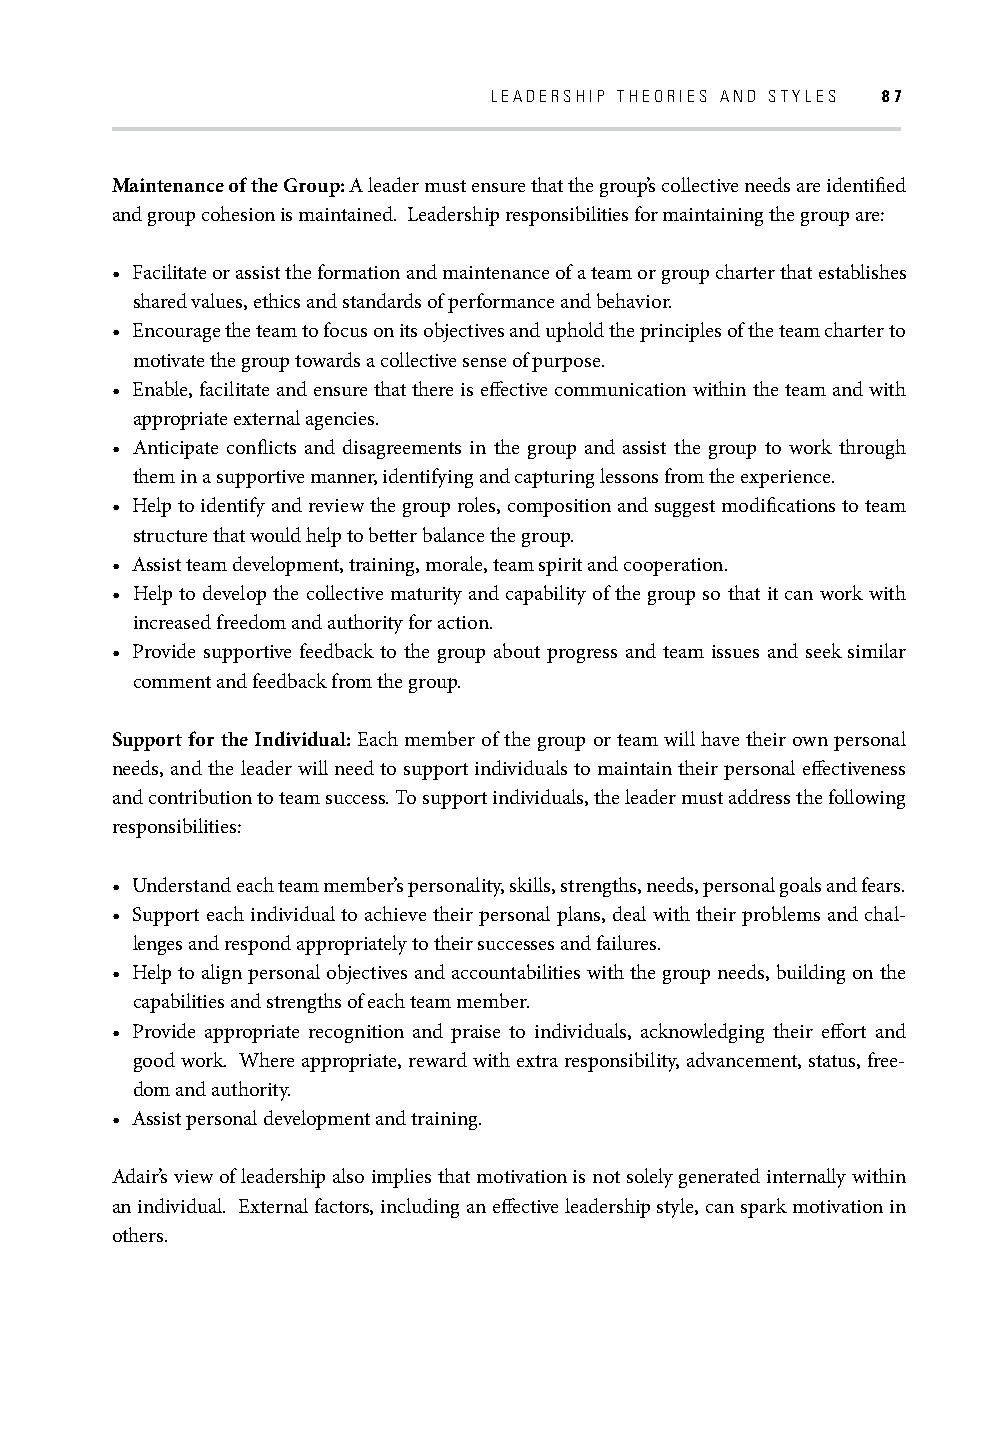
LEADERSHIP THEORIES AND STYLES 87
 Maintenance of the Group: A leader must ensure that the group’s collective needs are identifi ed
 and group cohesion is maintained. Leadership responsibilities for maintaining the group are:
 • Facilitate or assist the formation and maintenance of a team or group charter that establishes
 shared values, ethics and standards of performance and behavior.
 • Encourage the team to focus on its objectives and uphold the principles of the team charter to
 motivate the group towards a collective sense of purpose.
 • Enable, facilitate and ensure that there is eff ective communication within the team and with
 appropriate external agencies.
 • Anticipate confl icts and disagreements in the group and assist the group to work through
 them in a supportive manner, identifying and capturing lessons from the experience.
 • Help to identify and review the group roles, composition and suggest modifi cations to team
 structure that would help to better balance the group.
 • Assist team development, training, morale, team spirit and cooperation.
 • Help to develop the collective maturity and capability of the group so that it can work with
 increased freedom and authority for action.
 • Provide supportive feedback to the group about progress and team issues and seek similar
 comment and feedback from the group.
 Support for the Individual: Each member of the group or team will have their own personal
 needs, and the leader will need to support individuals to maintain their personal eff ectiveness
 and contribution to team success. To support individuals, the leader must address the following
 responsibilities:
 • Understand each team member’s personality, skills, strengths, needs, personal goals and fears.
 • Support each individual to achieve their personal plans, deal with their problems and chal-
 lenges and respond appropriately to their successes and failures.
 • Help to align personal objectives and accountabilities with the group needs, building on the
 capabilities and strengths of each team member.
 • Provide appropriate recognition and praise to individuals, acknowledging their eff ort and
 good work. Where appropriate, reward with extra responsibility, advancement, status, free-
 dom and authority.
 • Assist personal development and training.
 Adair’s view of leadership also implies that motivation is not solely generated internally within
 an individual. External factors, including an eff ective leadership style, can spark motivation in
 others.